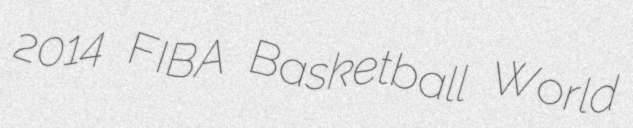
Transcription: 2014 FIBA Basketball World